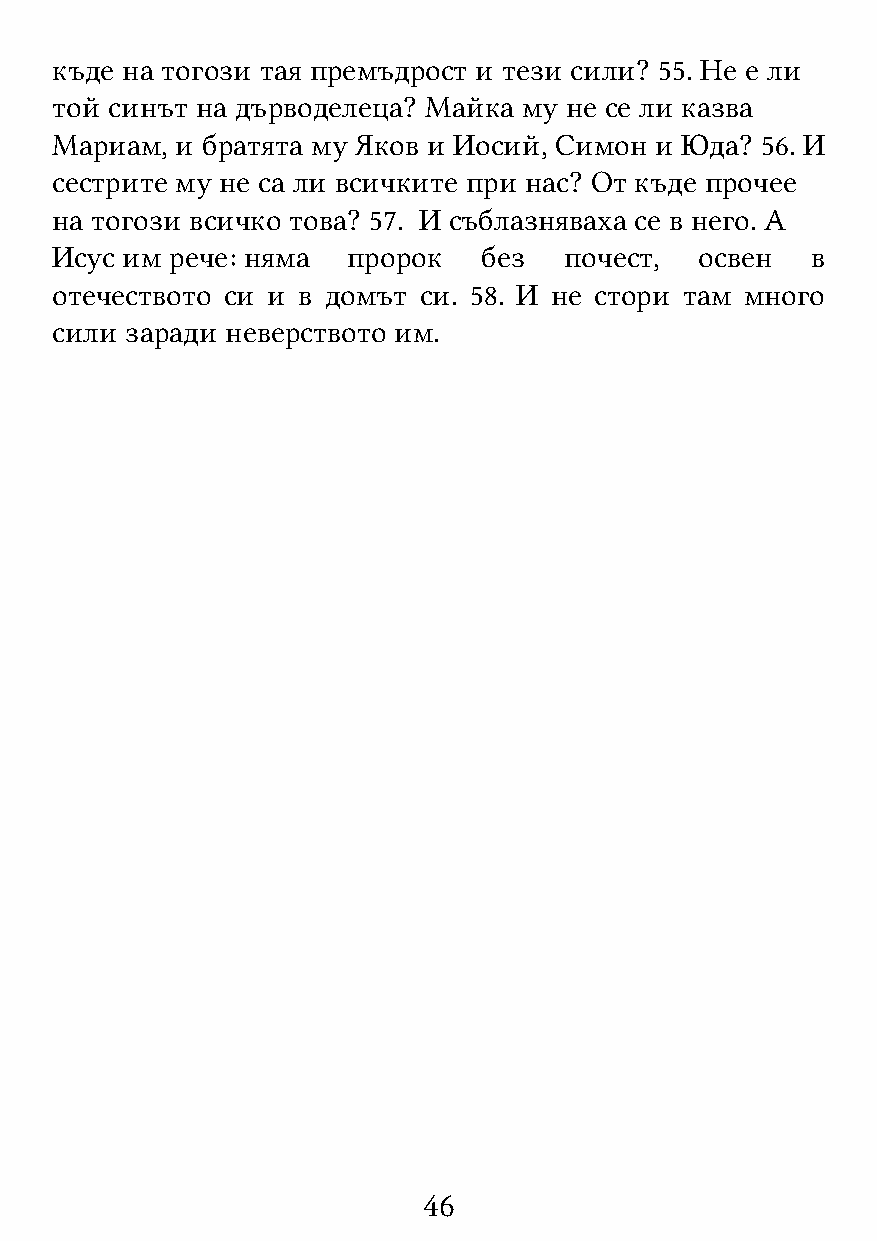
къде на тогози тая премъдрост и тези сили? 55. Не е ли
 той синът на дърводелеца? Майка му не се ли казва
 Мариам,  и братята му Яков и Иосий, Симон и Юда? 56. И
 сестрите му не са ли всичките при нас? От къде прочее
 на тогози всичко това? 57. И съблазняваха се в него. А
 Исус им рече: няма  пророк   без  почест,  освен   в
 отечеството си и в домът си. 58. И не стори там много
 сили заради неверството им.
 46